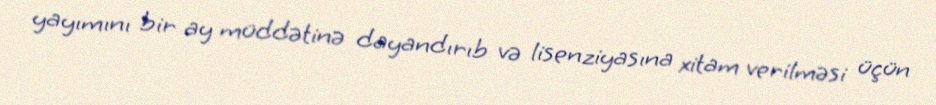
yayımını bir ay müddətinə dayandırıb və lisenziyasına xitam verilməsi üçün